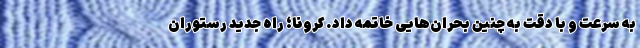
به سرعت و با دقت به چنین بحران‌هایی خاتمه داد. کرونا؛ راه جدید رستوران